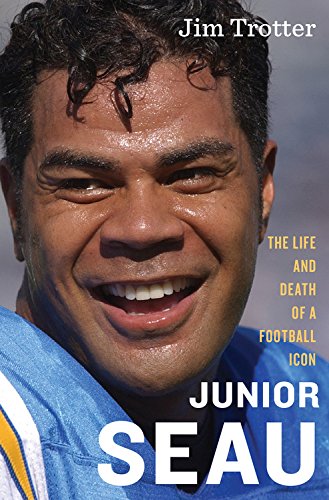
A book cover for Junior Seau: The Life and Death of a Football Icon; Jim Trotter; Biographies & Memoirs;